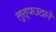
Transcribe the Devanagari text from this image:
लुत्फउठाने